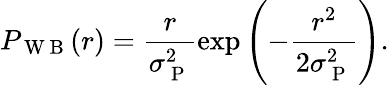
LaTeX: P_{\mathrm{~W~B~}}(r)=\frac{r}{\sigma_{\mathrm{~P~}}^{2}}\exp\left(-\frac{r^{2}}{2\sigma_{\mathrm{~P~}}^{2}}\right).